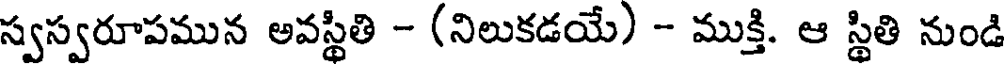
స్వస్వరూపమున అవస్థితి - (నిలుకడయే) - ముక్తి. ఆ స్థితి నుండి